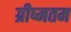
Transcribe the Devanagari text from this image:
ग्रीष्मतम